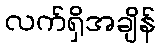
လက်ရှိအချိန်